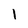
Character: 1